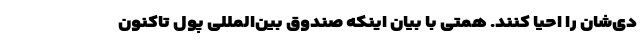
دی‌شان را احیا کنند. همتی با بیان اینکه صندوق بین‌المللی پول تاکنون